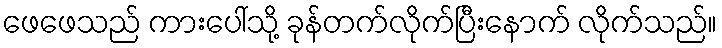
ဖေဖေသည် ကားပေါ်သို့ ခုန်တက်လိုက်ပြီးနောက် လိုက်သည်။